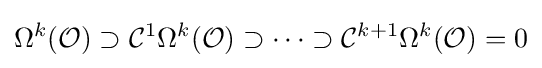
\Omega ^{k}({\mathcal {O}})\supset {\mathcal {C}}^{1}\Omega ^{k}({\mathcal {O}})\supset \cdots \supset {\mathcal {C}}^{k+1}\Omega ^{k}({\mathcal {O}})=0